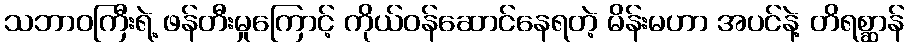
သဘာဝကြီးရဲ့ ဖန်တီးမှုကြောင့် ကိုယ်ဝန်ဆောင်နေရတဲ့ မိန်းမဟာ အပင်နဲ့ တိရစ္ဆာန်